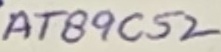
Text: AT89C52